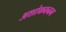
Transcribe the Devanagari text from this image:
अशोकवनम